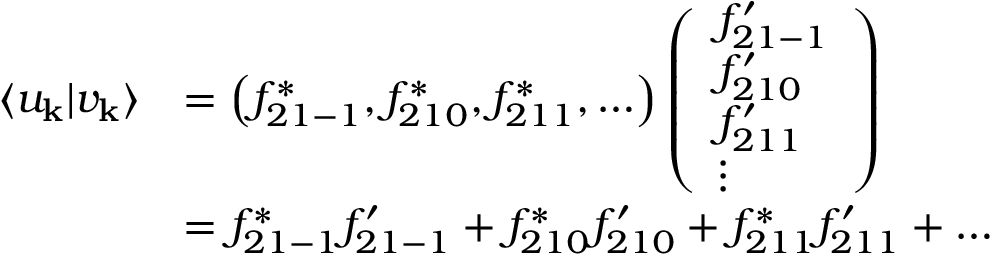
\begin{array} { r l } { \langle u _ { \mathbf { k } } | v _ { \mathbf { k } } \rangle } & { = \left( f _ { 2 1 - 1 } ^ { * } , f _ { 2 1 0 } ^ { * } , f _ { 2 1 1 } ^ { * } , \ldots \right) \left( \begin{array} { l } { f _ { 2 1 - 1 } ^ { \prime } } \\ { f _ { 2 1 0 } ^ { \prime } } \\ { f _ { 2 1 1 } ^ { \prime } } \\ { \vdots } \end{array} \right) } \\ & { = f _ { 2 1 - 1 } ^ { * } f _ { 2 1 - 1 } ^ { \prime } + f _ { 2 1 0 } ^ { * } f _ { 2 1 0 } ^ { \prime } + f _ { 2 1 1 } ^ { * } f _ { 2 1 1 } ^ { \prime } + \ldots } \end{array}